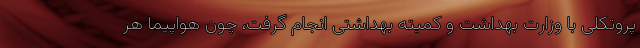
پروتکلی با وزارت بهداشت و کمیته بهداشتی انجام گرفت، چون هواپیما هر